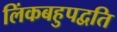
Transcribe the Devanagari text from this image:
लिंकबहुपद्वति